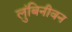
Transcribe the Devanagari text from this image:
लुंबिनीवन